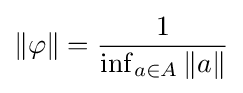
\|\varphi \|={\frac {1}{\inf _{a\in A}\|a\|}}